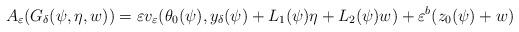
LaTeX: \begin{align*}A_{\varepsilon}(G_{\delta}(\psi, \eta, w))=\varepsilon v_{\varepsilon}(\theta_0(\psi), y_{\delta}(\psi)+L_1(\psi)\eta+L_2(\psi)w)+\varepsilon^b (z_0(\psi)+w)\end{align*}